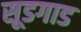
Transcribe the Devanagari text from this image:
सूडगाड